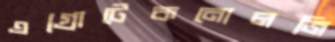
এগ্রোটেকনোলজি